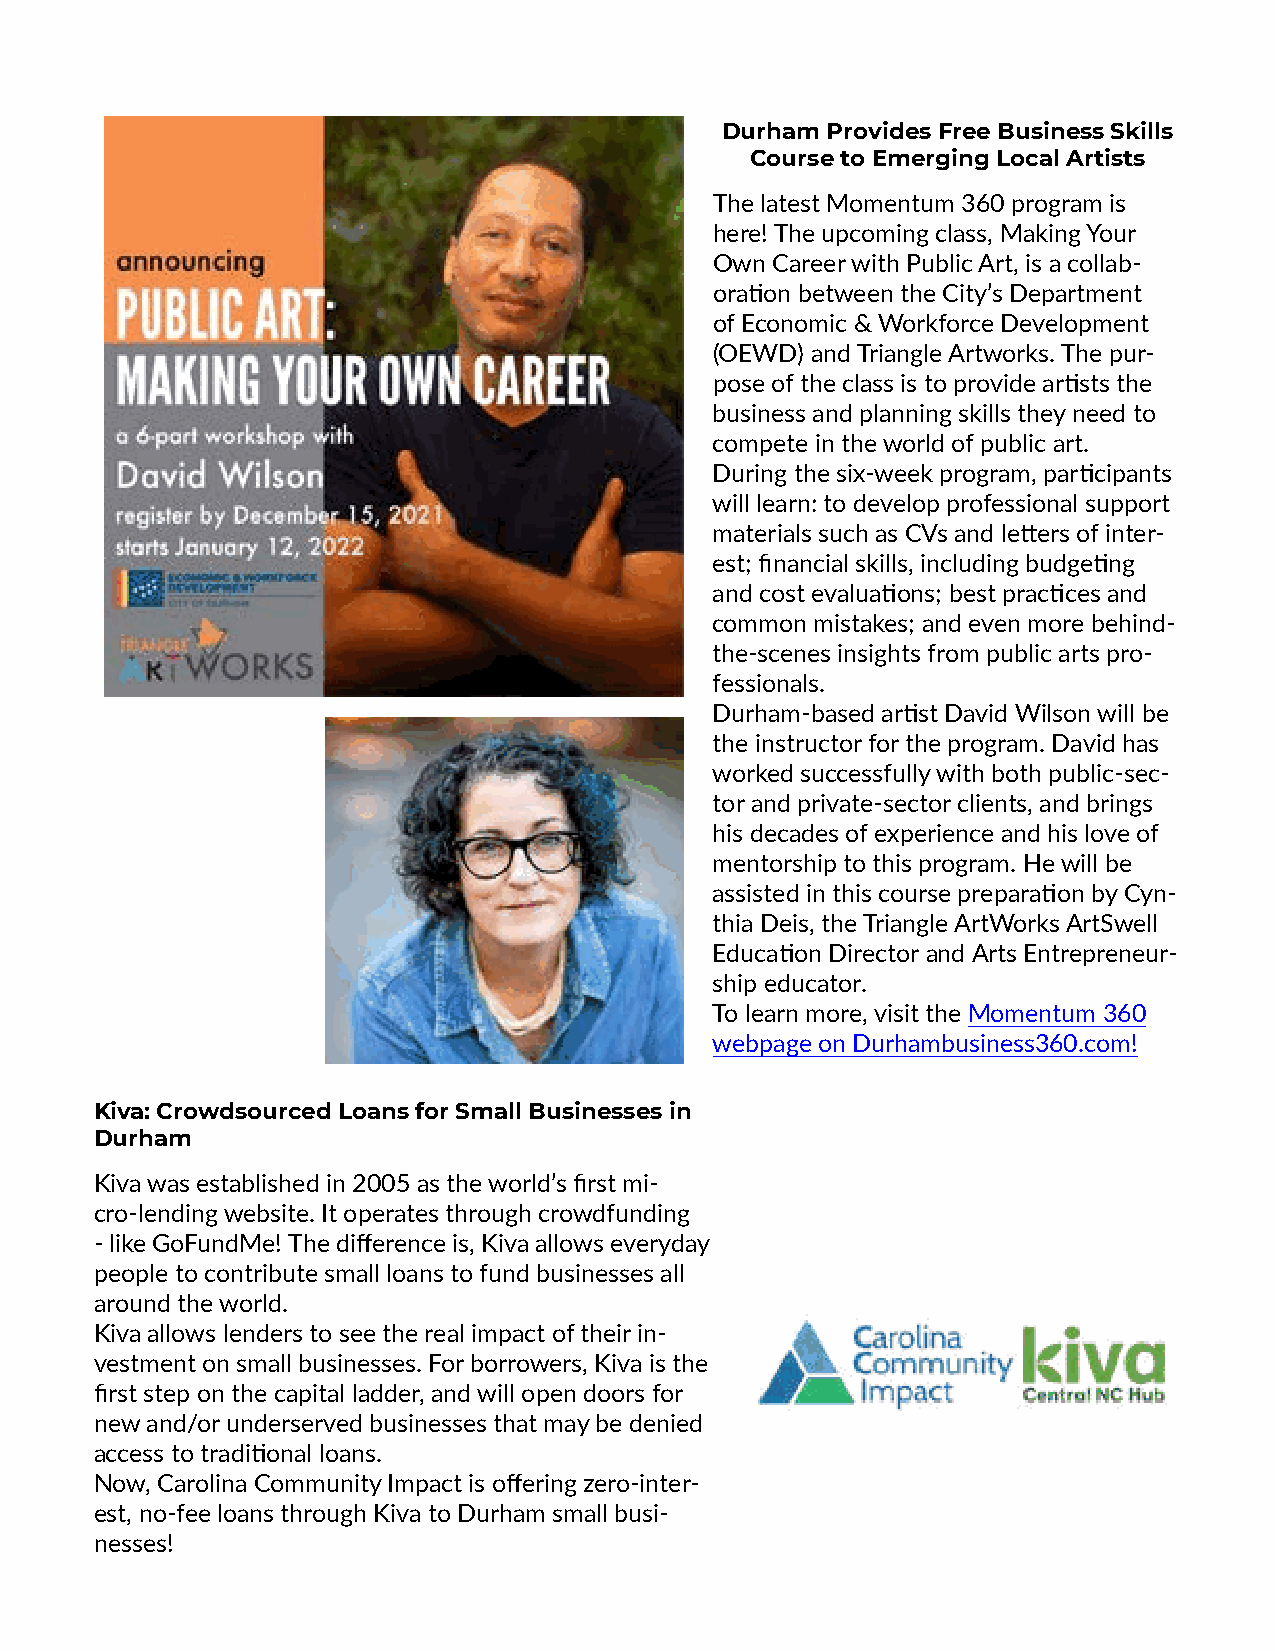
Durham Provides Free Business Skills
 Course to Emerging Local Artists
 The latest Momentum 360 program is
 here! The upcoming class, Making Your
 Own Career with Public Art, is a collab-
 oration between the City’s Department
 of Economic & Workforce Development
 (OEWD) and Triangle Artworks. The pur-
 pose of the class is to provide artists the
 business and planning skills they need to
 compete in the world of public art.
 During the six-week program, participants
 will learn: to develop professional support
 materials such as CVs and letters of inter-
 est; financial skills, including budgeting
 and cost evaluations; best practices and
 common mistakes; and even more behind-
 the-scenes insights from public arts pro-
 fessionals.
 Durham-based artist David Wilson will be
 the instructor for the program. David has
 worked successfully with both public-sec-
 tor and private-sector clients, and brings
 his decades of experience and his love of
 mentorship to this program. He will be
 assisted in this course preparation by Cyn-
 thia Deis, the Triangle ArtWorks ArtSwell
 Education Director and Arts Entrepreneur-
 ship educator.
 To learn more, visit the Momentum 360
 webpage on Durhambusiness360.com!
 Kiva: Crowdsourced Loans for Small Businesses in
 Durham
 Kiva was established in 2005 as the world’s first mi-
 cro-lending website. It operates through crowdfunding
 - like GoFundMe! The difference is, Kiva allows everyday
 people to contribute small loans to fund businesses all
 around the world.
 Kiva allows lenders to see the real impact of their in-
 vestment on small businesses. For borrowers, Kiva is the
 first step on the capital ladder, and will open doors for
 new and/or underserved businesses that may be denied
 access to traditional loans.
 Now, Carolina Community Impact is offering zero-inter-
 est, no-fee loans through Kiva to Durham small busi-
 nesses!